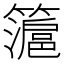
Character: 𱸭